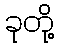
ခုတို့